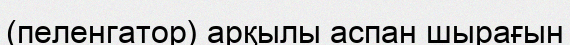
(пеленгатор) арқылы аспан шырағын